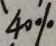
4 0 \%